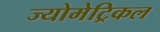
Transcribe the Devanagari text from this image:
ज्योमेट्रिकल